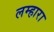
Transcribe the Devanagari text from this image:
लम्हारा